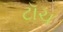
ટૉચ